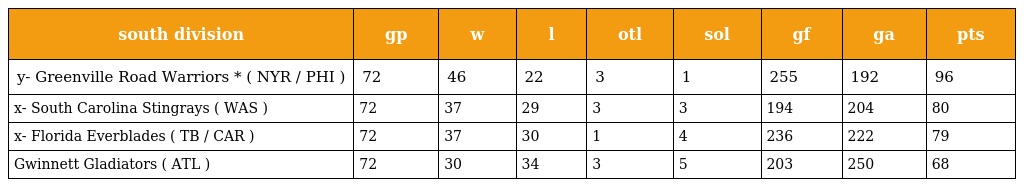
| south division | gp | w | l | otl | sol | gf | ga | pts |
 | --- | --- | --- | --- | --- | --- | --- | --- | --- |
 | y- Greenville Road Warriors * ( NYR / PHI ) | 72 | 46 | 22 | 3 | 1 | 255 | 192 | 96 |
 | x- South Carolina Stingrays ( WAS ) | 72 | 37 | 29 | 3 | 3 | 194 | 204 | 80 |
 | x- Florida Everblades ( TB / CAR ) | 72 | 37 | 30 | 1 | 4 | 236 | 222 | 79 |
 | Gwinnett Gladiators ( ATL ) | 72 | 30 | 34 | 3 | 5 | 203 | 250 | 68 |